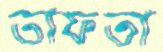
তাফতা